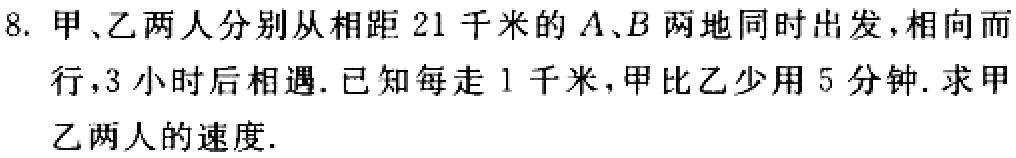
8. 甲、乙两人分别从相距$21$千米的$A、B$两地同时出发，相向而行，$3$小时后相遇. 已知每走$1$千米，甲比乙少用$5$分钟. 求甲乙两人的速度.